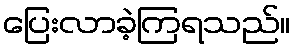
ပြေးလာခဲ့ကြရသည်။